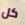
كل